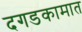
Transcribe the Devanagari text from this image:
दगडकामात